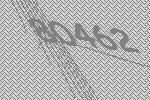
80462